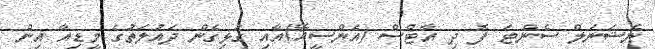
ނެޝަނަލް ސެންޓަ ފޮ ދި އާޓްސް (އެންސީއޭ)އާއި ގުޅިގެން ދައުލަތުގެ މީޑިއާ އިން